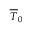
\overline { { T } } _ { 0 }